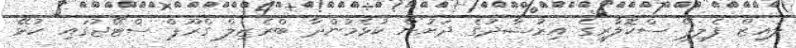
ލުއިޒް ފެލިޕޭ ސްކޮލާރީގެ އިރުޝާދުގެ ދަށުން ކުޅެމުންދާ ބްރެޒިލް ގްރޫޕް ސްޓޭޖުގައި ކުޅޭ